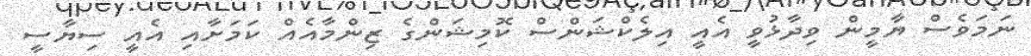
ނަމަވެސް ޔާމީން ވިދާޅުވީ އެއީ އިލެކްޝަންސް ކޮމިޝަންގެ ޒިންމާއެއް ކަމަށާއި އެއީ ސިޔާސީ